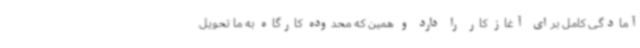
آمادگی کامل برای آغاز کار را دارد و همین که محدوده کارگاه به ما تحویل